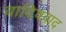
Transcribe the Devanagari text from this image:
वादिववाद